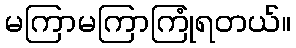
မကြာမကြာကြုံရတယ်။